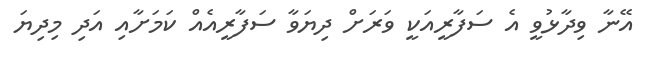
އޭނާ ވިދާޅުވީ އެ ސަފާރީއަކީ ވަރަށް ދިޔަވާ ސަފާރީއެއް ކަމަށާއި އަދި މިދިޔަ